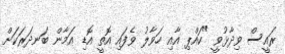
ރައީސް ވިދާޅުވީ "ކައްޕި އާއި ހަވާލު ވެފައި އޮތީ އޮޑި އަމާން ބަނދަރަކަށް